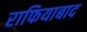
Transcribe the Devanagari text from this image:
राफियाबाद